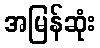
အမြန်ဆုံး